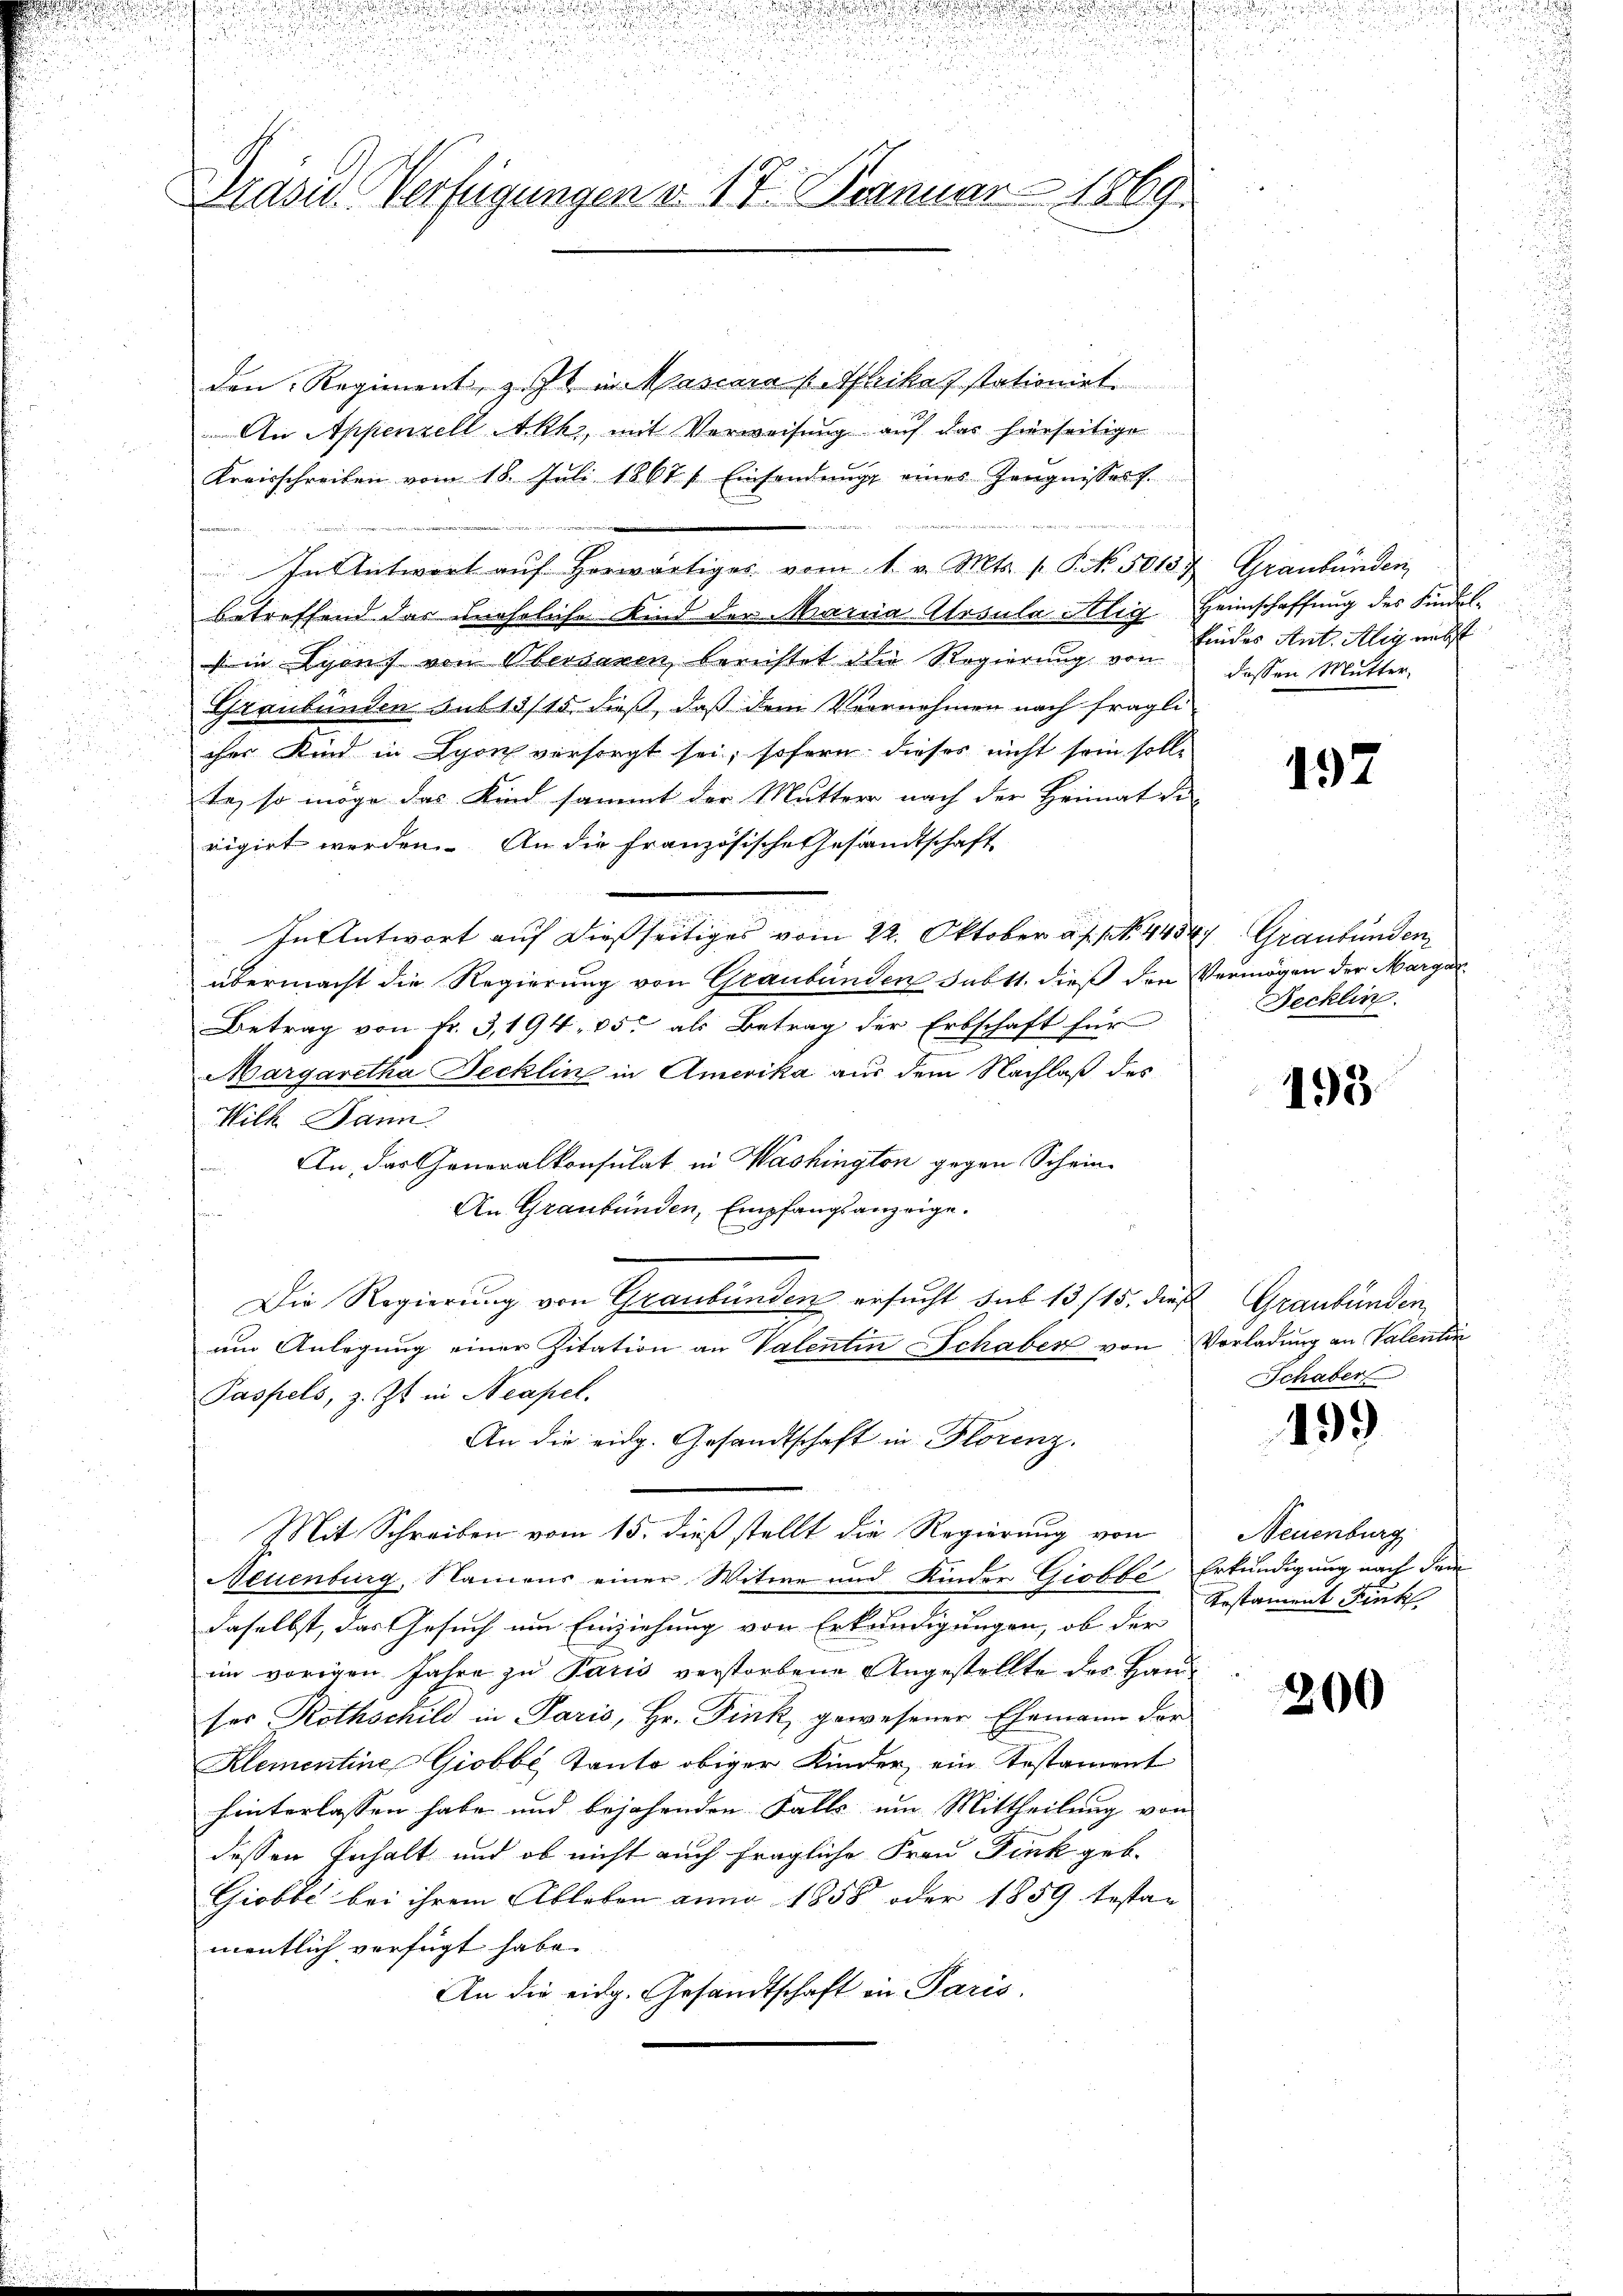
Präsid. Verfügungen d. 17. Januar 1869.

den Regiment, z. Zt. in Mascara (Abikas stationiel
An Appenzell Akhz, mit Verweisung auf das hierseitige
Kreisschreiben vom 18. Juli 1867. Einsendŭng eines Zeugnissert.
In Antwort aŭf herwärtiges vom 1. v. Mts. f. P. Nr. 50157. Graubünden
betreffend das uneheliche Kind der Maria Alpsula Alig Heimschaffung des Findels in Lyon von Obersaren berichtet die Regierung von
Graubünden sub 13/15 dieß, daß dem Vernehmen nach fragli
cher Kind in Lyon vorsorgt sei, sofern dieses nicht sein solle
te, so möge das Kind sammt der Mutter nach der Heimat die
rigirt werden. An die französische Gesandtschaft
In Antwort auf dießseitiges vom 22. Oktober a. s. pr. 1434 Graubünden
übermacht die Regierung von Graubünden subtt. dieß den Vermögen der Margar
Betrag von Fr. 3,194. 85 als Betrag der Erbschaft für
Margaretha Jecklin in Amerika aus dem Nachlaß des
Wilk Dann
An, das Generalkonsulat in Washington gegen Schein-
An Graubünden, Empfangsanzeige.
Die Regierung von Graubünden ersucht sub 13/15. dies Graubünden
am Anlegung einer Zitation an Valentin Schaber von Vorladung an Valentin
Paspels, z. Zt. in Neapel.
An die eidg. Gesandtschaft in Florenz.
Mit Schreiben vom 15. dieß stellt die Regierung von
Neuenburg, Namens einer Witwe und Kinder Giobbe Erkundigung nach dem
daselbst, das Gesuch um Einziehung von Erkundigungen, ob der
im vorigen Jahre zu Paris verstorbene Angestellte des Hauser Rothschild in Paris, Hr. Fink, gewesener Ehemann der
Klementine Giobbe Kanto obiger Kinder, ein Testament
hinterlassen habe und bejahenden Falls um Mittheilung von
dessen Inhalt und ob nicht auch fragliche Frau Fink geb.
Giobbe bei ihrem Ableben anno 1858 oder 1859 testan
mentlich verfügt habe.
An die eidg. Gesandtschaft in Paris

u

¬

Eindes Ant. Alig nebst
dessen Mutter,

197

Fecklin.

193

Schaber

499

Neuenburg
Gestament Fink,

200